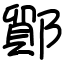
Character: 鄮